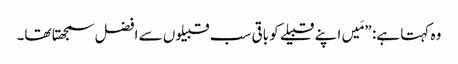
‏ وہ کہتا ہے:‏ ”‏مَیں اپنے قبیلے کو باقی سب قبیلوں سے افضل سمجھتا تھا۔